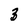
Character: 3